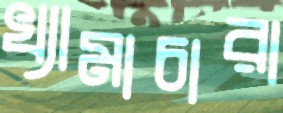
খ্যামাচারা